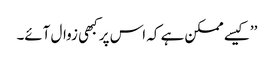
’’کیسے ممکن ہے کہ اس پر کبھی زوال آئے۔